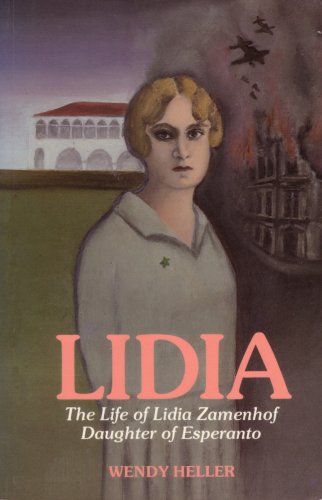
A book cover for Lidia: Life of Lidia Zamenhof, Daughter of Esperanto; Wendy Heller; Religion & Spirituality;